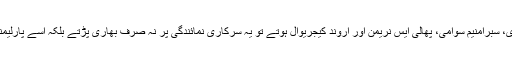
اگر اس کمیٹی میں ارون جیٹلی، سیتارام یچوری، سبرامنیم سوامی، پھالی ایس نریمن اور اروند کیجریوال ہوتے تو یہ سرکاری نمائندگی پر نہ صرف بھاری پڑتے بلکہ اسے پارلیمنٹ میں پاس کرانے کی گارنٹی بھی مل جاتی۔